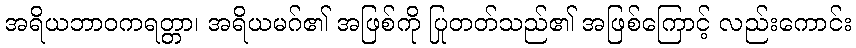
အရိယဘာဝကရတ္တာ၊ အရိယမဂ်၏ အဖြစ်ကို ပြုတတ်သည်၏ အဖြစ်ကြောင့် လည်းကောင်း